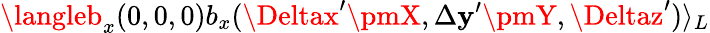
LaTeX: \langleb_{x}(0,0,0)b_{x}(\Deltax^{\prime}\pmX,\Delta\mathbf{y}^{\prime}\pmY,\Deltaz^{\prime})\rangle_{L}